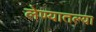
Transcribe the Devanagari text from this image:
लेण्यातल्या